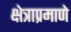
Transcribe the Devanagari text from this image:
क्षेत्राप्रमाणे